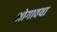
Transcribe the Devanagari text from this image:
भोगावया